Regulations for the medical services of the Army of India
Year: 1930
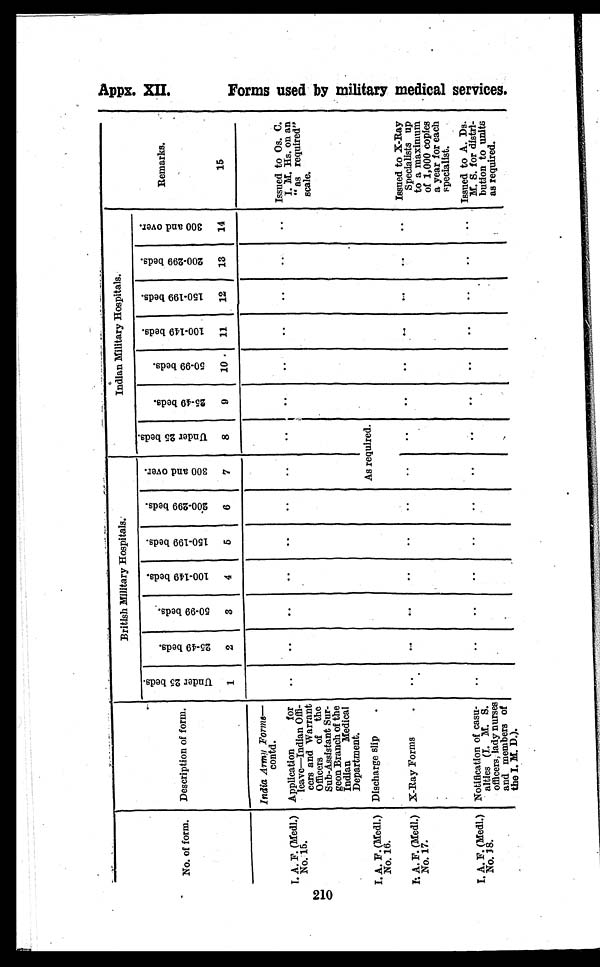
No. of form. Description of form.
British Military Hospitals.
JIndian Military Hospitals.
Remarks
U n d e r 2 5 b e d s .
25
- 4 9 b e d s .
5 0 - 9 9 b e d s .
1
0 0 - 1 4 9 b e d s .
15
0 - 1 9 9 b e d s .
2 0 0 - 2 9 9 b e d s .
3 0 0 a n d o v e r .
U n d e r 2 5 b e d s .
25
- 4 9 b e d s .
5 0 - 9 9 b e d s .
1
0 0 - 1 4 9 b e d s .
15
0 - 1 9 9 b e d s .
2 0 0 - 2 9 9 b e d s .
3 0 0 a n d o v e r .
1
2
3
4
5
6
7
8
9
10
11
12
13
14
15
India Army Forms
contd.
I. A. F. (Medl.)
No. 15.
Application
for
leave—Indian Offi-
cers and Warrant
Officers of the
Sub-Assistant Sur-
geon Branch of the
Indian Medical
Department.
..
..
..
..
. .
..
..
..
..
. .
..
..
.. Issued to Os. C.
I. M. Hs. on an
"as required"
scale.
I. A. F. (Medl.)
No. 16.
Discharge slip
.
As required.
I. A. F. (Medl.)
No. 17.
X-Ray Forms
.. .
. .
. .
. .
..
..
. .
. .
. .
. .
..
..
Issued to X-Ray
Specialists up
to a maximum
of 1,000 copies
a year for each
specialist.
I. A. F. (Medl.)
No. 18.
Notification of casu-
alties (I. M. S.
officers, lady nurses
and members of
the I. M. D.).
..
. .
. .
. .
..
..
..
. .
. .
. .
..
. .
..
.. Issued to A. Ds.
M. S. for distri-
bution to units
as required.
F o r m u s e d b y m i l i t a r y m e d i c a l s e r v i c e s .